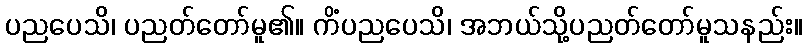
ပညပေသိ၊ ပညတ်တော်မူ၏။ ကိံပညပေသိ၊ အဘယ်သို့ပညတ်တော်မူသနည်း။